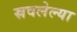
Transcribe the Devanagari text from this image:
स्रवलेल्या